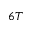
6 T